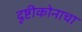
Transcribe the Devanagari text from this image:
दृष्टीकोनाचा